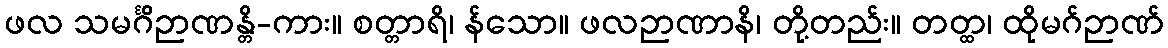
ဖလ သမင်္ဂိဉာဏန္တိ-ကား။ စတ္တာရိ၊ န်သော။ ဖလဉာဏာနိ၊ တို့တည်း။ တတ္ထ၊ ထိုမဂ်ဉာဏ်